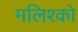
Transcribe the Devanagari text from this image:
मलिश्को